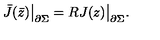
\bar { J } ( \bar { z } ) \bigr | _ { \partial \Sigma } = R J ( z ) \bigr | _ { \partial \Sigma } .